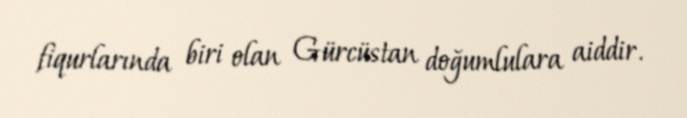
fiqurlarında biri olan Gürcüstan doğumlulara aiddir.